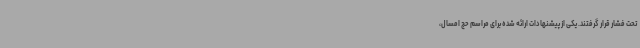
تحت فشار قرار گرفتند. یکی از پیشنهادات ارائه شده برای مراسم حج امسال،